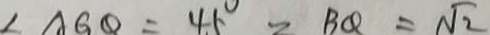
\angle A G Q = 4 5 ^ { \circ } = B Q = \sqrt { 2 }